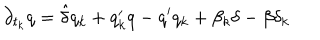
LaTeX: \partial _ { t _ { k } } q = \hat { \delta } q _ { k } + q _ { k } ^ { \prime } q - q ^ { \prime } q _ { k } + \beta _ { k } \delta - \beta \delta _ { k }